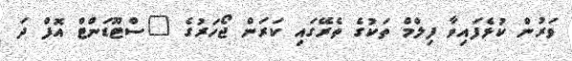
ވަރުން ކުޅެފައިވާ ފިލްމް ތަކުގެ ތެރޭގައި ކަރަން ޖޯހަރުގެ "ސްޓޫޑަންޓް އޮފް ދަ